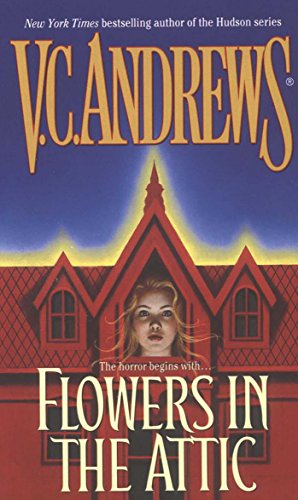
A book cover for Flowers in the Attic (Dollanganger); V.C. Andrews; Literature & Fiction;